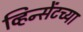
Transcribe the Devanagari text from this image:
व्हिन्सेंटच्या